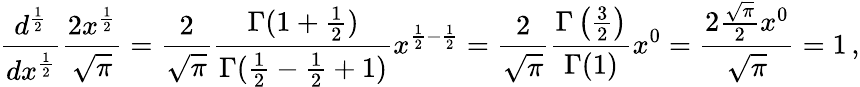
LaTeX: {\frac{d^{\frac{1}{2}}}{dx^{\frac{1}{2}}}}{\frac{2x^{\frac{1}{2}}}{\sqrt{\pi}}}={\frac{2}{\sqrt{\pi}}}{\frac{\Gamma(1+{\frac{1}{2}})}{\Gamma({\frac{1}{2}}-{\frac{1}{2}}+1)}}x^{{\frac{1}{2}}-{\frac{1}{2}}}={\frac{2}{\sqrt{\pi}}}{\frac{\Gamma\left({\frac{3}{2}}\right)}{\Gamma(1)}}x^{0}={\frac{2{\frac{\sqrt{\pi}}{2}}x^{0}}{\sqrt{\pi}}}=1\, ,